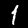
Label: 1